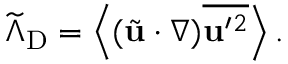
\widetilde { \Lambda } _ { \mathrm { { D } } } = \left\langle { ( \tilde { \bf { u } } \cdot \nabla ) \overline { { { \bf { u } } ^ { \prime } { } ^ { 2 } } } } \right\rangle .